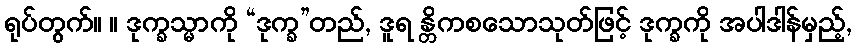
ရုပ်တွက်။ ။ ဒုက္ခသ္မာကို “ဒုက္ခ”တည်, ဒူရ န္တိကစသောသုတ်ဖြင့် ဒုက္ခကို အပါဒါန်မှည့်,